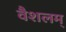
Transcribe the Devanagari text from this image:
वैशलम्